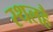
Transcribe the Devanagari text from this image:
स्थलहै